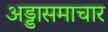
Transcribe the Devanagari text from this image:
अड्डासमाचार